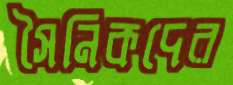
সৈনিকদের